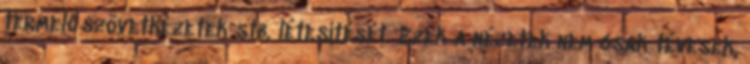
termelőszövetkezetek stb. létesítését. Ezek a nézetek nem csak tévesek,